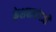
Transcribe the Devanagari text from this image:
केशवानंदजी